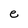
Character: e